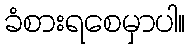
ခံစားရစေမှာပါ။